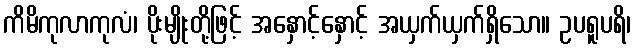
ကိမိကုလာကုလံ၊ ပိုးမျိုးတို့ဖြင့် အနှောင့်နှောင့် အယှက်ယှက်ရှိသော။ ဥပရူပရိ၊